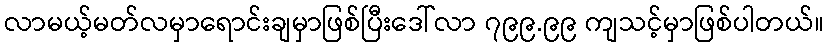
လာမယ့်မတ်လမှာရောင်းချမှာဖြစ်ပြီးဒေါ်လာ ၇၉၉.၉၉ ကျသင့်မှာဖြစ်ပါတယ်။